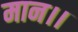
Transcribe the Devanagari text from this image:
मान।।